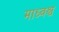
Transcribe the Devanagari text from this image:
माध्वश्च